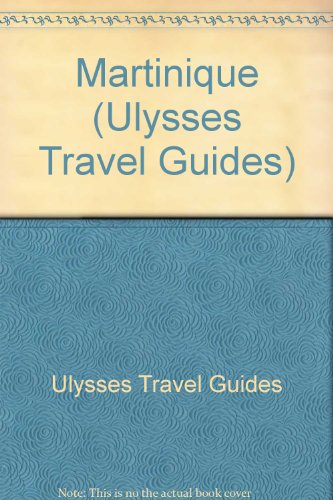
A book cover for Martinique Travel Guide (Ulysses Travel Guides); Claude Morneau; Travel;